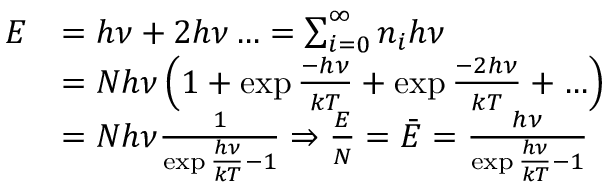
\begin{array} { r l } { E } & { = h \nu + 2 h \nu \ldots = \sum _ { i = 0 } ^ { \infty } n _ { i } h \nu } \\ & { = N h \nu \left( 1 + \exp { \frac { - h \nu } { k T } } + \exp { \frac { - 2 h \nu } { k T } } + \ldots \right) } \\ & { = N h \nu \frac { 1 } { \exp { \frac { h \nu } { k T } } - 1 } \Rightarrow \frac { E } { N } = \bar { E } = \frac { h \nu } { \exp { \frac { h \nu } { k T } } - 1 } } \end{array}